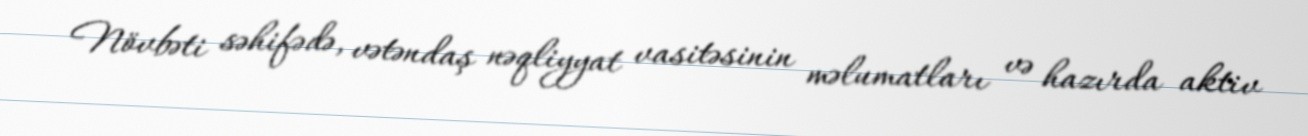
Növbəti səhifədə, vətəndaş nəqliyyat vasitəsinin məlumatları və hazırda aktiv